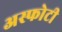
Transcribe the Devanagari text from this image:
अस्फोटी